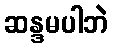
ဆန္ဒမပါဘဲ